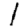
Digit: 1